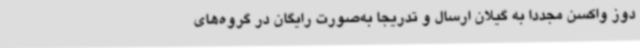
دوز واکسن مجدداً به گیلان ارسال و تدریجاً به‌صورت رایگان در گروه‌های